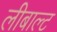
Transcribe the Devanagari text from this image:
लीबाल्ट